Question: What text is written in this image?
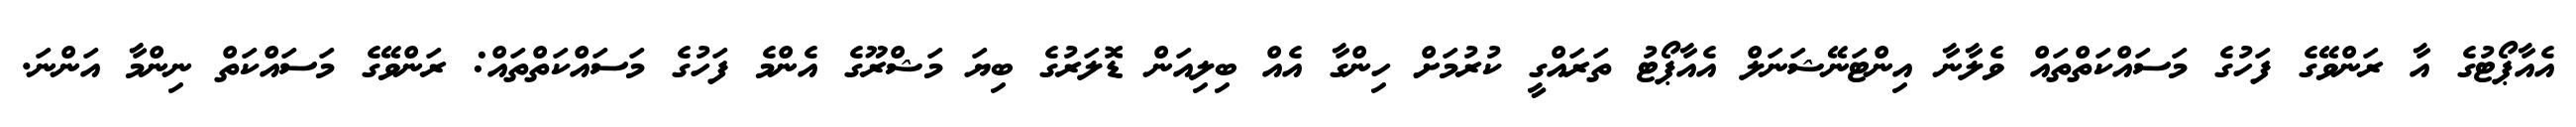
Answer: އެއާޕޯޓުގެ އާ ރަންވޭގެ ފަހުގެ މަސައްކަތްތައް ވެލާނާ އިންޓަނޭޝަނަލް އެއާޕޯޓު ތަރައްގީ ކުރުމަށް ހިންގާ އެއް ބިލިއަން ޑޮލަރުގެ ބިޔަ މަޝްރޫގެ އެންމެ ފަހުގެ މަސައްކަތްތައް: ރަންވޭގެ މަސައްކަތް ނިންމާ އަންނަ.